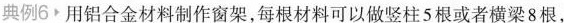
典例6.用铝合金材料制作窗架，每根材料可以做竖柱5根或者横梁8根，